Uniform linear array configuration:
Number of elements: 24
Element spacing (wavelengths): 0.75
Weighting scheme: hamming
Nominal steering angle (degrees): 45
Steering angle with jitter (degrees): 46.939
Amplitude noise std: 0.05
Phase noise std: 0.05

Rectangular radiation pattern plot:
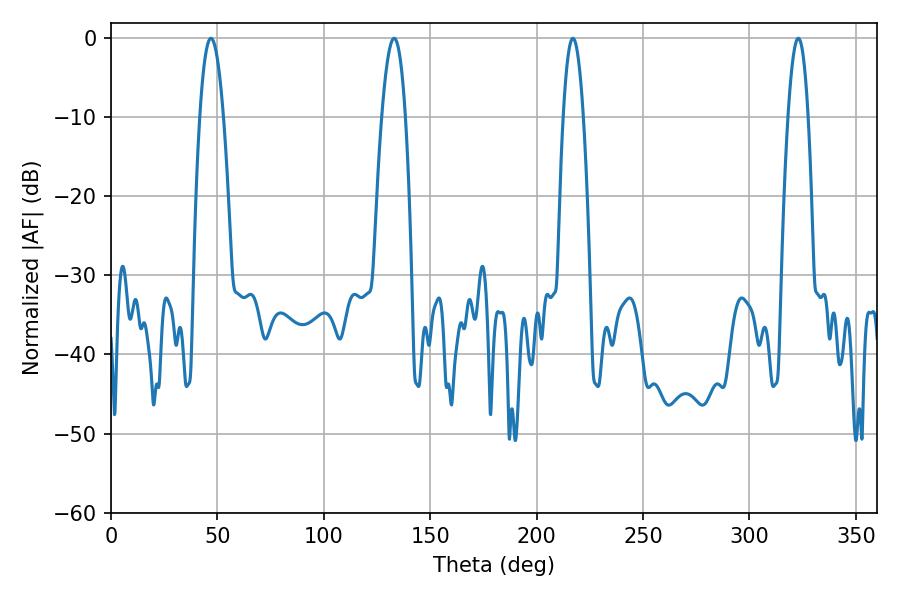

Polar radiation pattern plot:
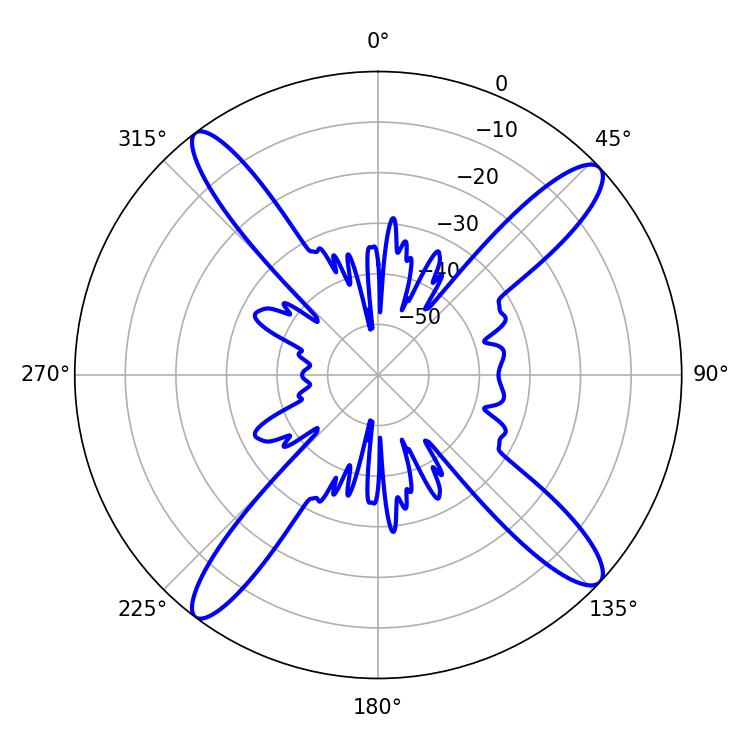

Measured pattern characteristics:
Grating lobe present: TRUE
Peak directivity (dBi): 15.985
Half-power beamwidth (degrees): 6.12
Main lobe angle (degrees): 46.98